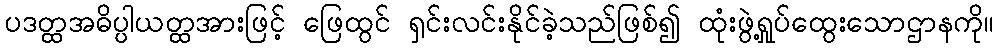
ပဒတ္ထအဓိပ္ပါယတ္ထအားဖြင့် ဖြေထွင် ရှင်းလင်းနိုင်ခဲ့သည်ဖြစ်၍ ထုံးဖွဲ့ရှုပ်ထွေးသောဌာနကို။